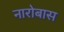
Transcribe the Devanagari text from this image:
नारोबास